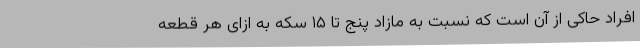
افراد حاکی از آن است که نسبت به مازاد پنج تا ۱۵ سکه به ازای هر قطعه